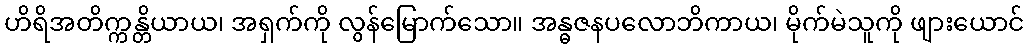
ဟိရိအတိက္ကန္တိယာယ၊ အရှက်ကို လွန်မြောက်သော။ အန္ဓဇနပလောဘိကာယ၊ မိုက်မဲသူကို ဖျားယောင်